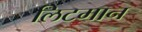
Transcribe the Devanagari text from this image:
लिटमान